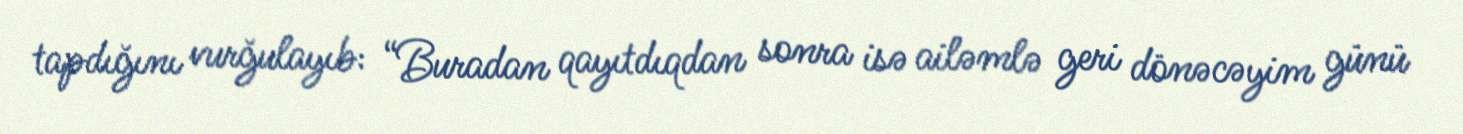
tapdığını vurğulayıb: “Buradan qayıtdıqdan sonra isə ailəmlə geri dönəcəyim günü